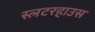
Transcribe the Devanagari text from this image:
स्लटरहाउस